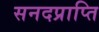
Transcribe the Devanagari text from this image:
सनदप्राप्ति